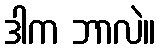
ဒါက ဘာလဲ။